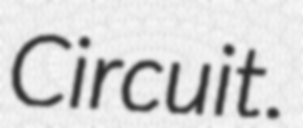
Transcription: Circuit.